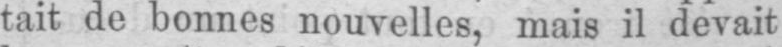
tait de bonnes nouvelles, mais il devait